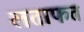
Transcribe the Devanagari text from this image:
लताफत